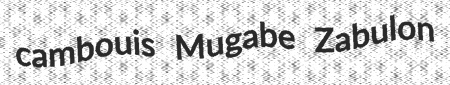
cambouis Mugabe Zabulon